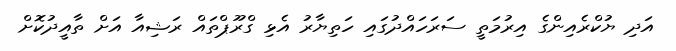
އަދި ޔުކްރެއިންގެ އިރުމަތީ ސަރަހައްދުގައި ހަތިޔާރު އެޅި ގްރޫޕްތައް ރަޝިއާ އަށް ތާއީދުކޮށް